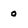
Character: 0